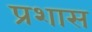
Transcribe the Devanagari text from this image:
प्रशास